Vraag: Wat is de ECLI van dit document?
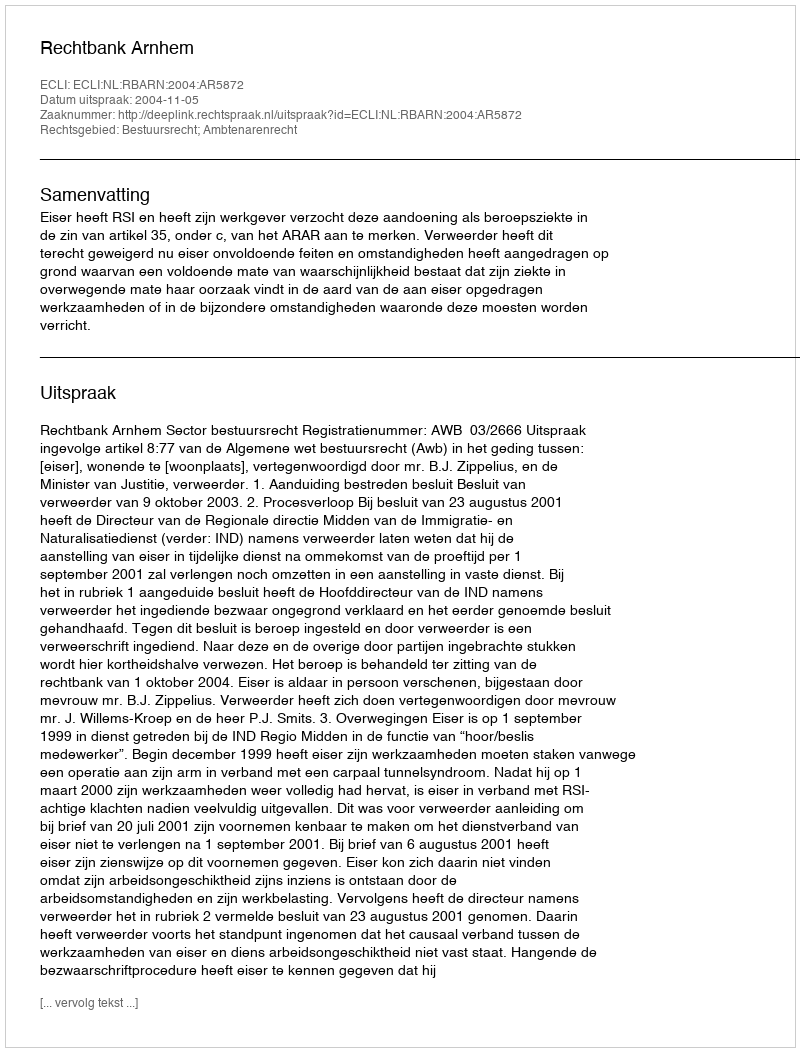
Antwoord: ECLI:NL:RBARN:2004:AR5872